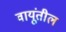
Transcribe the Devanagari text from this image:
वायूंतील